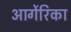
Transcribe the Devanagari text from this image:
आर्गेरिका